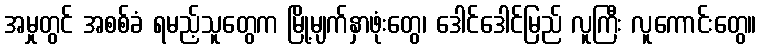
အမှုတွင် အစစ်ခံ ရမည့်သူတွေက မြို့မျက်နှာဖုံးတွေ၊ ဒေါင်ဒေါင်မြည် လူကြီး လူကောင်းတွေ။